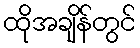
ထိုအချိန်တွင်